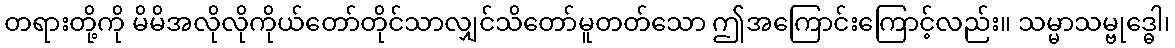
တရားတို့ကို မိမိအလိုလိုကိုယ်တော်တိုင်သာလျှင်သိတော်မူတတ်သော ဤအကြောင်းကြောင့်လည်း။ သမ္မာသမ္ဗုဒ္ဓေါ၊